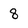
Character: 8